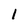
Character: l